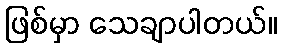
ဖြစ်မှာ သေချာပါတယ်။